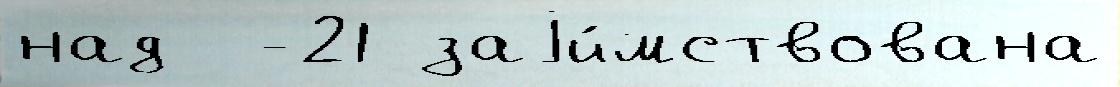
над  -21 заjи́мствована